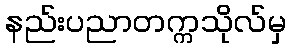
နည်းပညာတက္ကသိုလ်မှ